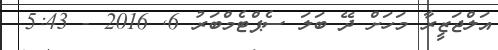
އަލްޖަޒީރާ މަހަށް ދޭ ބަލަ ސެޕްޓެމްބަރު 6